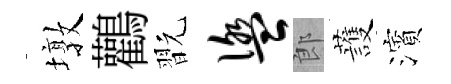
墩鸛翫盥郎䕶濱